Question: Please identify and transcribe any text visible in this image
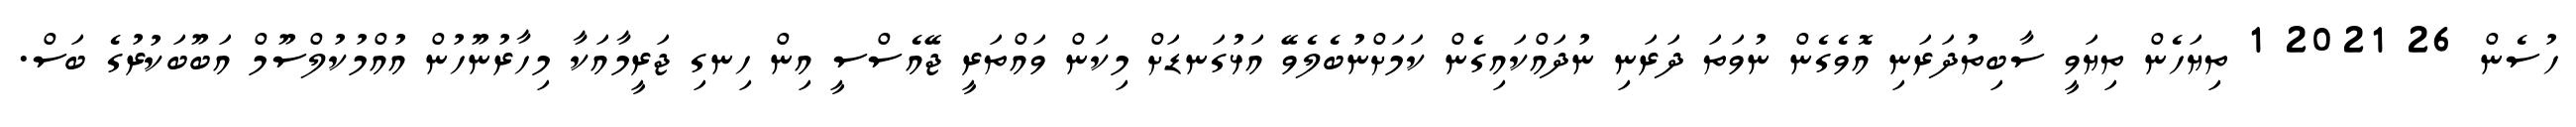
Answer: ހުސެން 26 2021 1 ތިޔަހެން ތިޔަވީ ސާބިތުދަރަނި އޮވެގެން ނުވަތަ ދަރަނި ނުދައްކައިގެން ކަމަށްނުބެލެވޭ އަޅުގަނޑަށް މިކަން ވައްތަރީ ޖޭއެސްސީ އިން ހިނގި ޖަރީމާއަކާ މިހާރުނޫހުން އުއްމުކުލްސޫމް އަބޫބަކުރުގެ ބަސް.